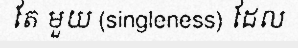
តែ មួយ (singleness) ដែល